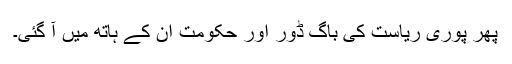
پھر پوری ریاست کی باگ ڈور اور حکومت ان کے ہاتھ میں آ گئی۔